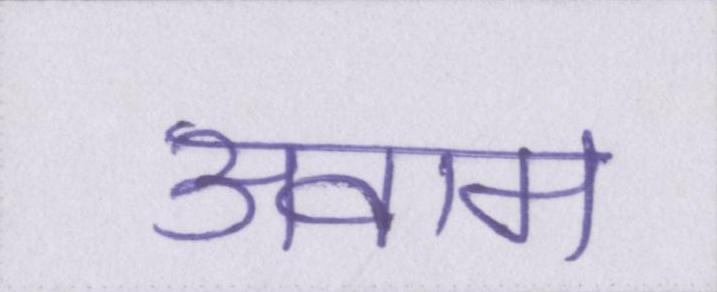
अवाम